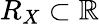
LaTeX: R_{X}\subset\mathbb{R}